Scottish Leaving Certificate Examination, 1957
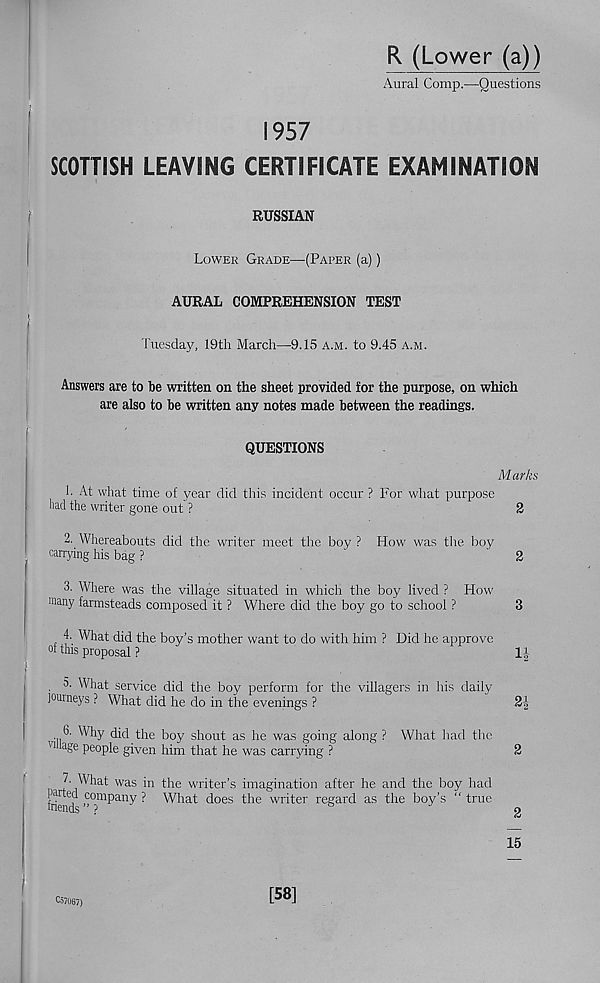
R (Lower (a))
Aural Comp.—Questions
1957
SCOTTISH LEAVING CERTIFICATE EXAMINATION
RUSSIAN
Lower Grade—(Paper (a))
AURAL COMPREHENSION TEST
Tuesday, 19th March—9.15 a.m. to 9.45 a.m.
Answers are to be written on the sheet provided for the purpose, on which
are also to be written any notes made between the readings.
QUESTIONS
Marks
1. At what time of year did this incident occur ? For what purpose
had the writer gone out ?
2
2. Whereabouts did the writer meet the boy ? How was the boy
carrying his bag ?
'
2
3. Where was the village situated in which the boy lived ? How
many farmsteads composed it ? Where did the boy go to school ?
3
4. What did the boy’s mother want to do with him ? Did he approve
°i this proposal ?
H
.
What service did the boy perform for the villagers in his daily
journeys ? What did he do in the evenings ?
2|
6. Why did the boy shout as he was going along ? What had the
' 1 a ge people given him that he was carrying ?
2
7. What was in the writer’s imagination after he and the boy had
friend'
■ What does the writer regard as the boy’s “ true
15
C57067)
[58]